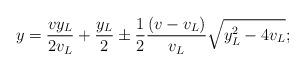
LaTeX: \begin{align*}y&=\frac{v y_L}{2v_L}+\frac{y_L}{2}\pm \frac{1}{2}\frac{(v-v_L)}{v_L}\sqrt{y_L^2-4v_L}; \end{align*}